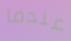
عندما